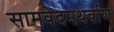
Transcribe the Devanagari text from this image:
सामवेदमथर्वाणं